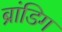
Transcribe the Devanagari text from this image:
ब्रांडिग